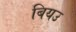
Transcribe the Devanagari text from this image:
बियउ